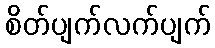
စိတ်ပျက်လက်ပျက်